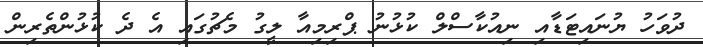
ދުވަހު ޔުނައިޓަޑާއި ނިއުކާސްލް ކުޅުނު ޕްރިމިއާ ލީގު މެޗުގައި އެ ދެ ކުޅުންތެރިން